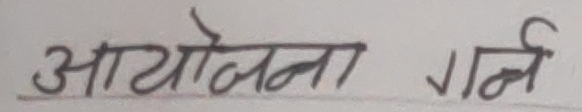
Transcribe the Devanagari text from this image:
आयोजना गर्न